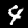
Digit: 4